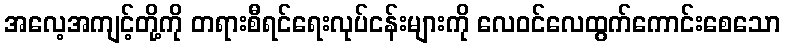
အလေ့အကျင့်တို့ကို တရားစီရင်ရေးလုပ်ငန်းများကို လေဝင်လေထွက်ကောင်းစေသော